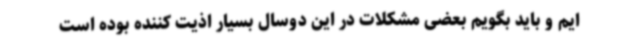
ایم و باید بگویم بعضی مشکلات در این دوسال بسیار اذیت کننده بوده است